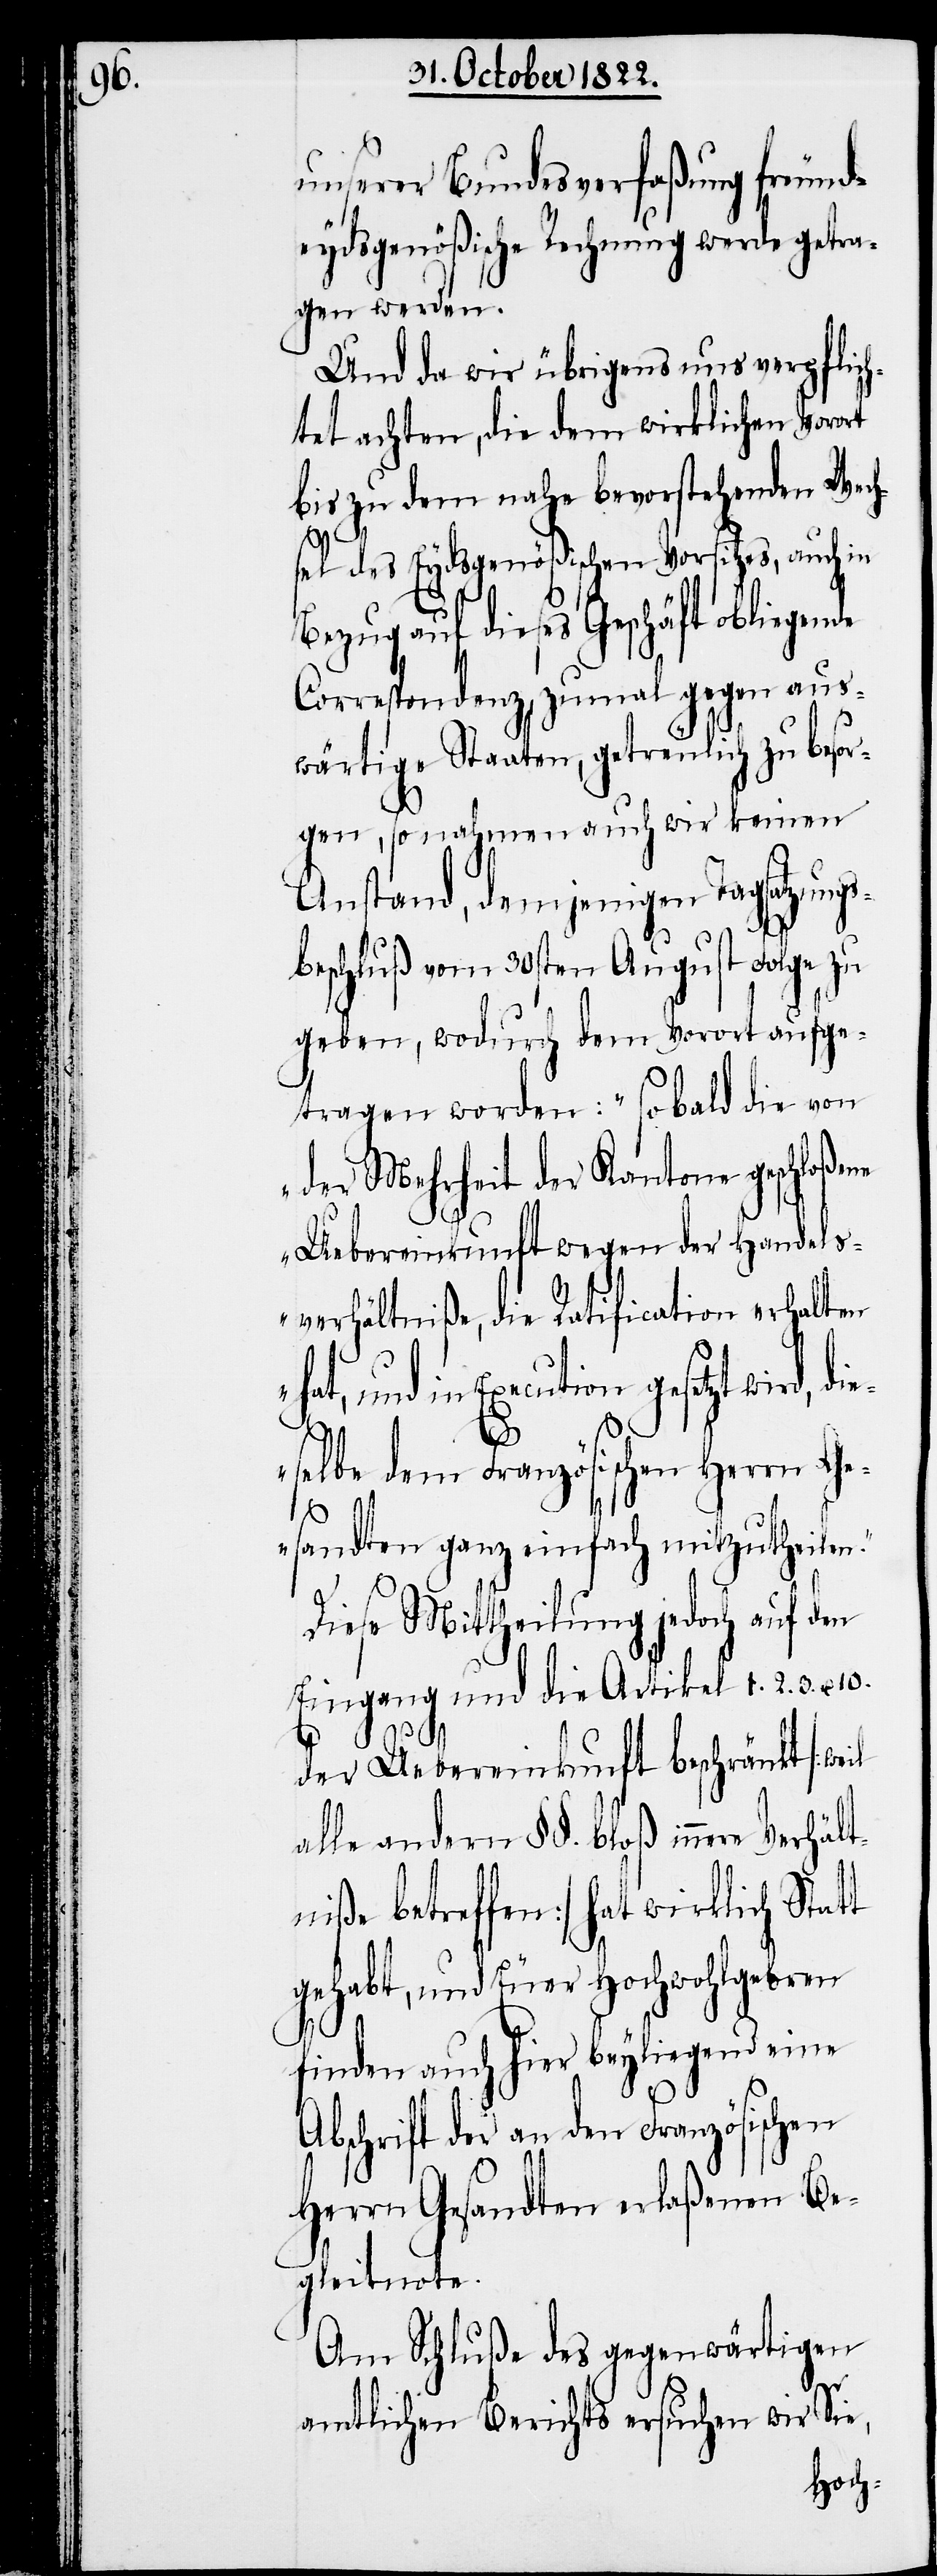
unserer Bundesverfaßung freund¬
eydsgenößische Rechnung werde getra¬
gen werden.
Und da wir übrigens uns verpflich¬
tet achten, die dem wirklichen Vorort
bis zu dem nahe bevorstehenden Wech¬
el des Eydsgenößischen Vorsitzes,
Bezug auf dieses Geschäft obliegende
Correspondenz, zumal gegen aus¬
wärtige Staaten; getreulich zu besor¬
gen, so nahmen auch wir keinen
Anstand, demjenigen Tagsatzungs¬
beschluß vom 30sten August Folge zu
geben, wodurch dem Vorort aufge¬
tragen worden: „sobald die von
der Mehrheit der Kantone geschloße¬
Uebereinkunft wegen der Handels¬
verhältniße, die Ratification erhalten
und in Execution gesetzt wird,
selbe dem Französischen Herrn Ge¬
sandten ganz einfach mitzutheilen.“
Diese Mittheilung jedoch auf den
Eingang und die Artikel 1. 2. 3. u.
10.
der Uebereinkunft beschränkt [weil
alle andern §§. bloß innere Verhält¬
niße betreffen] hat wirklich Statt
gehabt, und Euer Hochwohlgeboren
finden auch hier beyliegend eine
ne
Abschrift der an den Französischen
Herrn Gesandten erlaßenen Be¬
gleitnote.
Am Schluße des gegenwärtigen
amtlichen Berichts ersuchen wir Sie,